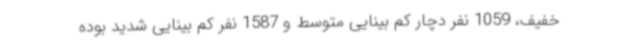
خفیف، 1059 نفر دچار کم بینایی متوسط و 1587 نفر کم بینایی شدید بوده